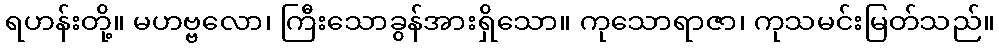
ရဟန်းတို့။ မဟဗ္ဗလော၊ ကြီးသောခွန်အားရှိသော။ ကုသောရာဇာ၊ ကုသမင်းမြတ်သည်။